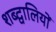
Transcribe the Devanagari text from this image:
शब्द्वालियों